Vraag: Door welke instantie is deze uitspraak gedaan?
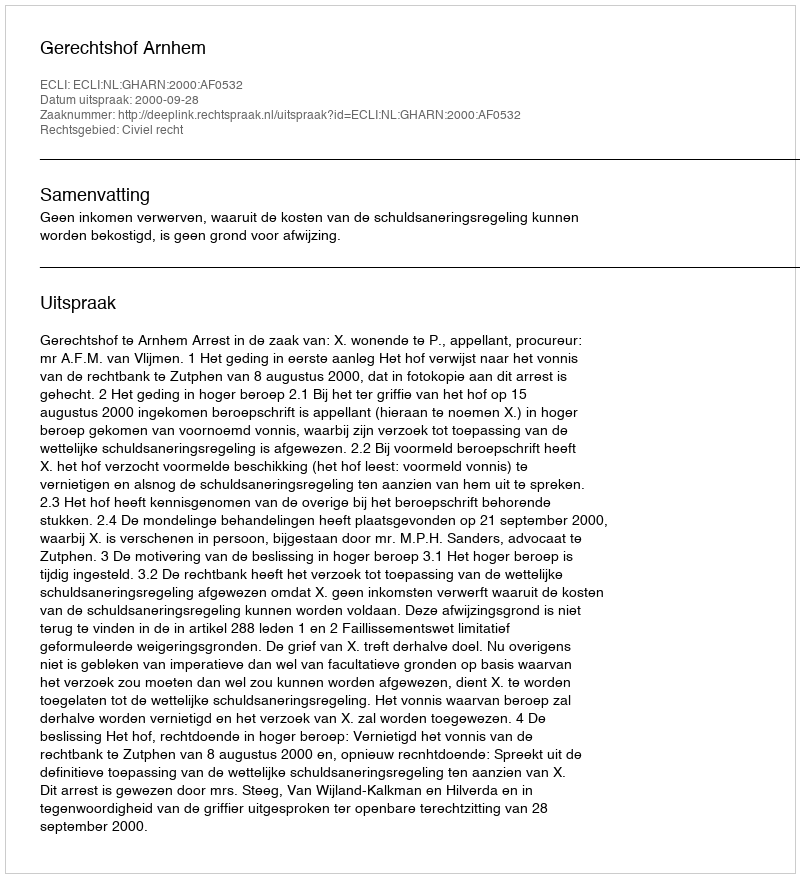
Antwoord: Gerechtshof Arnhem